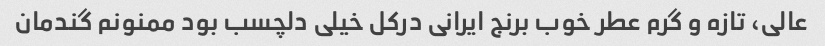
عالی، تازه و گرم عطر خوب برنج ایرانی درکل خیلی دلچسب بود ممنونم گندمان